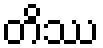
တိဿ